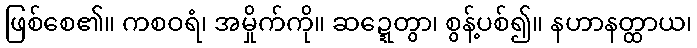
ဖြစ်စေ၏။ ကစဝရံ၊ အမှိုက်ကို။ ဆဍ္ဍေတွာ၊ စွန့်ပစ်၍။ နဟာနတ္ထာယ၊